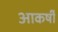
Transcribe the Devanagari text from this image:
आकर्षी